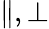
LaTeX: \parallel,\perp